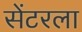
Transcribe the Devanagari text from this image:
सेंटरला